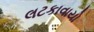
લટકાવાયો